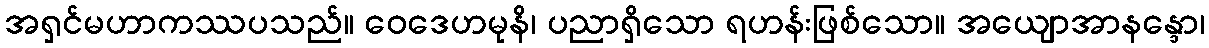
အရှင်မဟာကဿပသည်။ ဝေဒေဟမုနိ၊ ပညာရှိသော ရဟန်းဖြစ်သော။ အယျောအာနန္ဒော၊